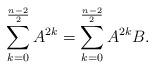
LaTeX: \begin{align*}\sum_{k=0}^{\frac{n-2}{2}}A^{2k}=\sum_{k=0}^{\frac{n-2}{2}}A^{2k}B.\end{align*}